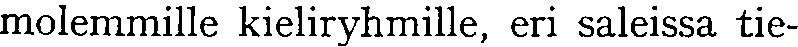
molemmille kieliryhmille, eri saleissa tie-